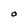
Character: O